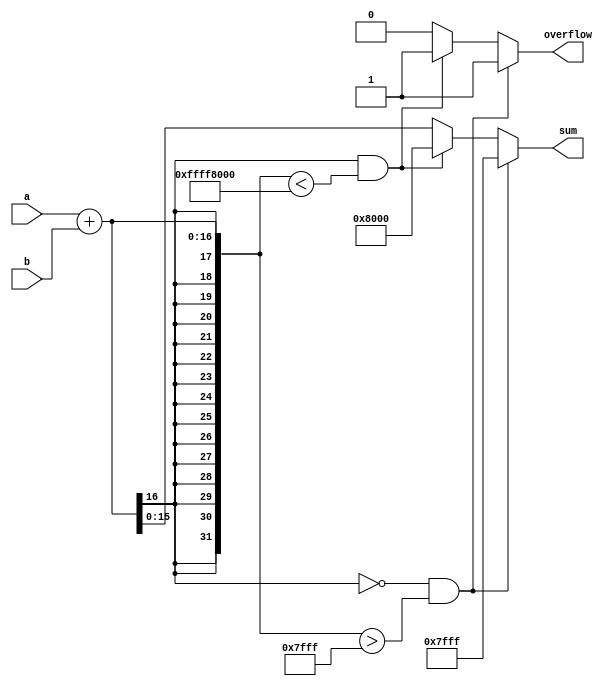
`timescale 1ns / 1ps
//////////////////////////////////////////////////////////////////////////////////
// Mississippi State University 
// ECE 4532-4542 Senior Design
// 
// Module Name:    add 
// Project Name: 	 ITU G.729 Hardware Implementation
// Target Devices: Virtex 5
// Tool versions:  Xilinx 9.2i
// Description: 	This is a function to add two 16bit numbers and check for overflow.
// 					It is modeled after the add function in the C code
// Dependencies: 	 N/A
//
// Revision: 
// Revision 0.01 - File Created
// Additional Comments: 
//
//////////////////////////////////////////////////////////////////////////////////

module add(a,b,overflow,sum);

//Inputs
input [15:0] a,b;

//Outputs 
output reg [15:0] sum;
output reg overflow;

//wires
wire signed [15:0] a,b;
wire signed [31:0] temp;

assign temp = a + b; 
always @(*)
begin
	if((temp [31] == 0) && (temp > 32'h00007fff))
	begin
		overflow = 1;
		sum = 16'h7fff;
	end
	
	else if((temp[31] == 1)&&(temp < 32'hffff8000))
	begin
		overflow = 1;
		sum = 16'h8000;
	end
	
	else
	begin
		overflow = 0;
		sum = temp[15:0];
	end
end//always block
endmodule